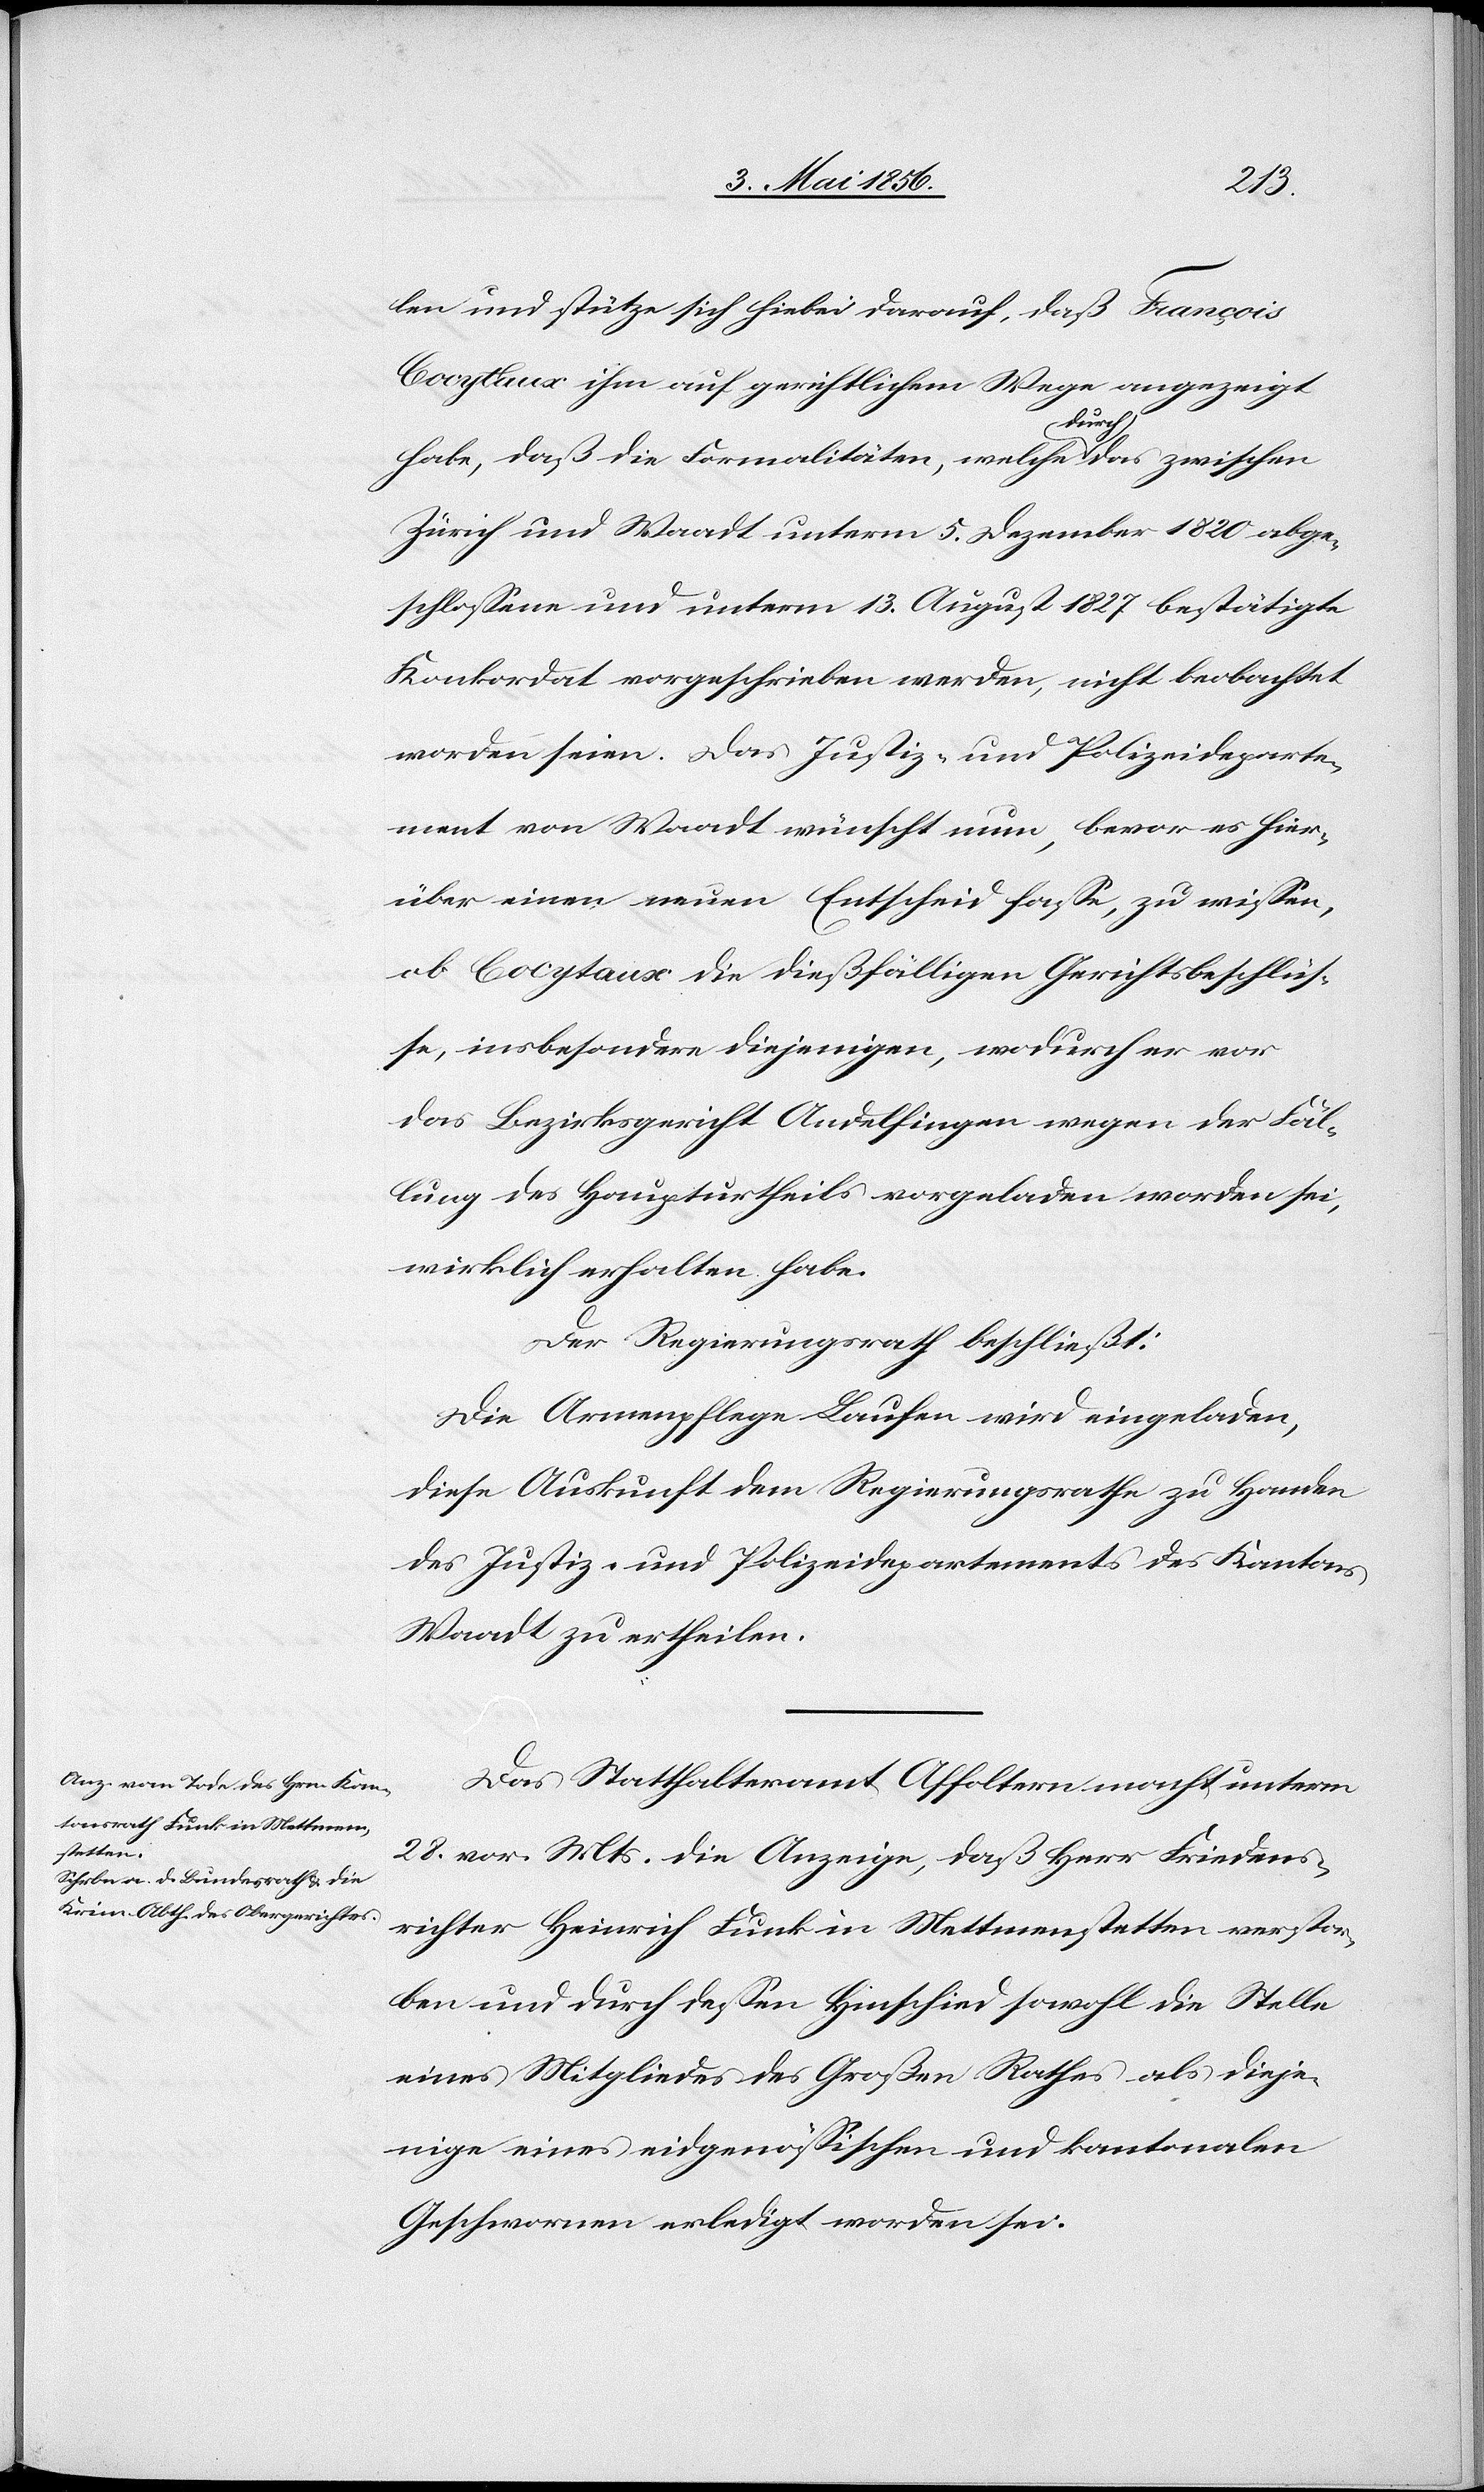
len und stütze sich hiebei darauf, daß François
Cocytaux ihm auf gerichtlichem Wege angezeigt
habe, daß die Formalitäten, welche adurcha das zwischen
Zürich und Waadt unterm 5. Dezember 1820 abge¬
schlossene und unterm 13. August 1827 bestätigte
Konkordat vorgeschrieben werden, nicht beobachtet
worden seien. Das Justiz- und Polizeideparte¬
ment von Waadt wünscht nun, bevor es hier¬
über einen neuen Entscheid fasse, zu wissen,
ob Cocytaux die dießfälligen Gerichtsbeschlüs¬
se, insbesondere diejenigen, wodurch er vor
das Bezirksgericht Andelfingen wegen der Fäl¬
lung des Haupturtheils vorgeladen worden sei,
wirklich erhalten habe.
Der Regierungsrath beschließt:
Die Armenpflege Laufen wird eingeladen,
diese Auskunft dem Regierungsrathe zu Handen
des Justiz und Polizeidepartements des Kantons
Waadt zu ertheilen.
Das Statthalteramt Affoltern macht unterm
28. vor. Mts. die Anzeige, daß Herr Friedens¬
richter Heinrich Funk in Mettmenstetten verstor¬
ben und durch dessen Hinschied sowohl die Stelle
eines Mitgliedes des Großen Rathes als dieje¬
nige eines eidgenössischen und kantonalen
Geschwornen erledigt worden sei.